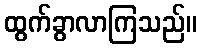
ထွက်ခွာလာကြသည်။